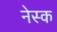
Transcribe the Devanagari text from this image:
नेस्क